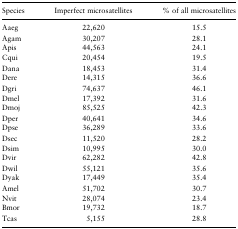
<table><thead><tr><td><b>Species</b></td><td><b>Imperfect microsatellites</b></td><td><b>% of all microsatellites</b></td></tr></thead><tbody><tr><td>Aaeg</td><td>22,620</td><td>15.5</td></tr><tr><td>Agam</td><td>30,207</td><td>28.1</td></tr><tr><td>Apis</td><td>44,563</td><td>24.1</td></tr><tr><td>Cqui</td><td>20,454</td><td>19.5</td></tr><tr><td>Dana</td><td>18,453</td><td>31.4</td></tr><tr><td>Dere</td><td>14,315</td><td>36.6</td></tr><tr><td>Dgri</td><td>74,637</td><td>46.1</td></tr><tr><td>Dmel</td><td>17,392</td><td>31.6</td></tr><tr><td>Dmoj</td><td>85,525</td><td>42.3</td></tr><tr><td>Dper</td><td>40,641</td><td>34.6</td></tr><tr><td>Dpse</td><td>36,289</td><td>33.6</td></tr><tr><td>Dsec</td><td>11,520</td><td>28.2</td></tr><tr><td>Dsim</td><td>10,995</td><td>30.0</td></tr><tr><td>Dvir</td><td>62,282</td><td>42.8</td></tr><tr><td>Dwil</td><td>55,121</td><td>35.6</td></tr><tr><td>Dyak</td><td>17,449</td><td>35.4</td></tr><tr><td>Amel</td><td>51,702</td><td>30.7</td></tr><tr><td>Nvit</td><td>28,074</td><td>23.4</td></tr><tr><td>Bmor</td><td>19,732</td><td>18.7</td></tr><tr><td>Tcas</td><td>5,155</td><td>28.8</td></tr></tbody></table>